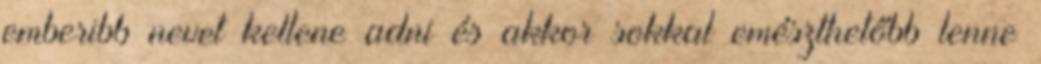
emberibb nevet kellene adni és akkor sokkal emészthetőbb lenne